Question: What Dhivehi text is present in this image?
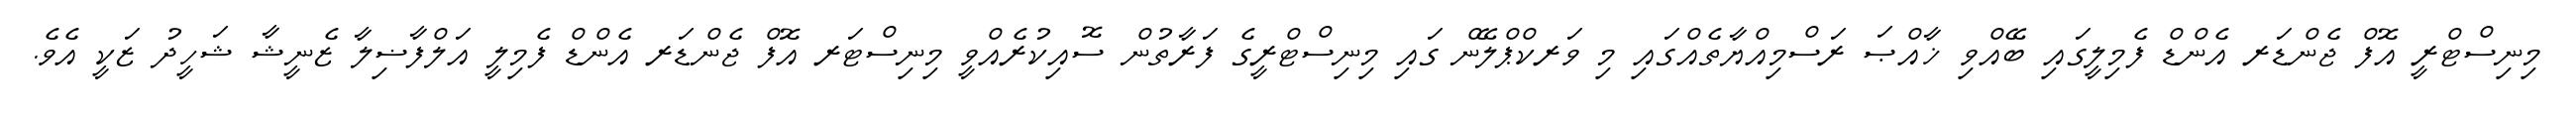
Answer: މިނިސްޓްރީ އޮފް ޖެންޑަރ އެންޑް ފެމިލީގައި ބޭއްވި ޚާއްޞަ ރަސްމިއްޔާތެއްގައި މި ވަރކްޕްލޭން ގައި މިނިސްޓްރީގެ ފަރާތުން ސޮއިކުރެއްވީ މިނިސްޓަރ އޮފް ޖެންޑަރ އެންޑް ފެމިލީ އަލްފާޟިލާ ޒެނީޝާ ޝަހީދު ޒަކީ އެވެ.